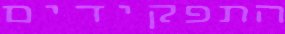
התפקידים